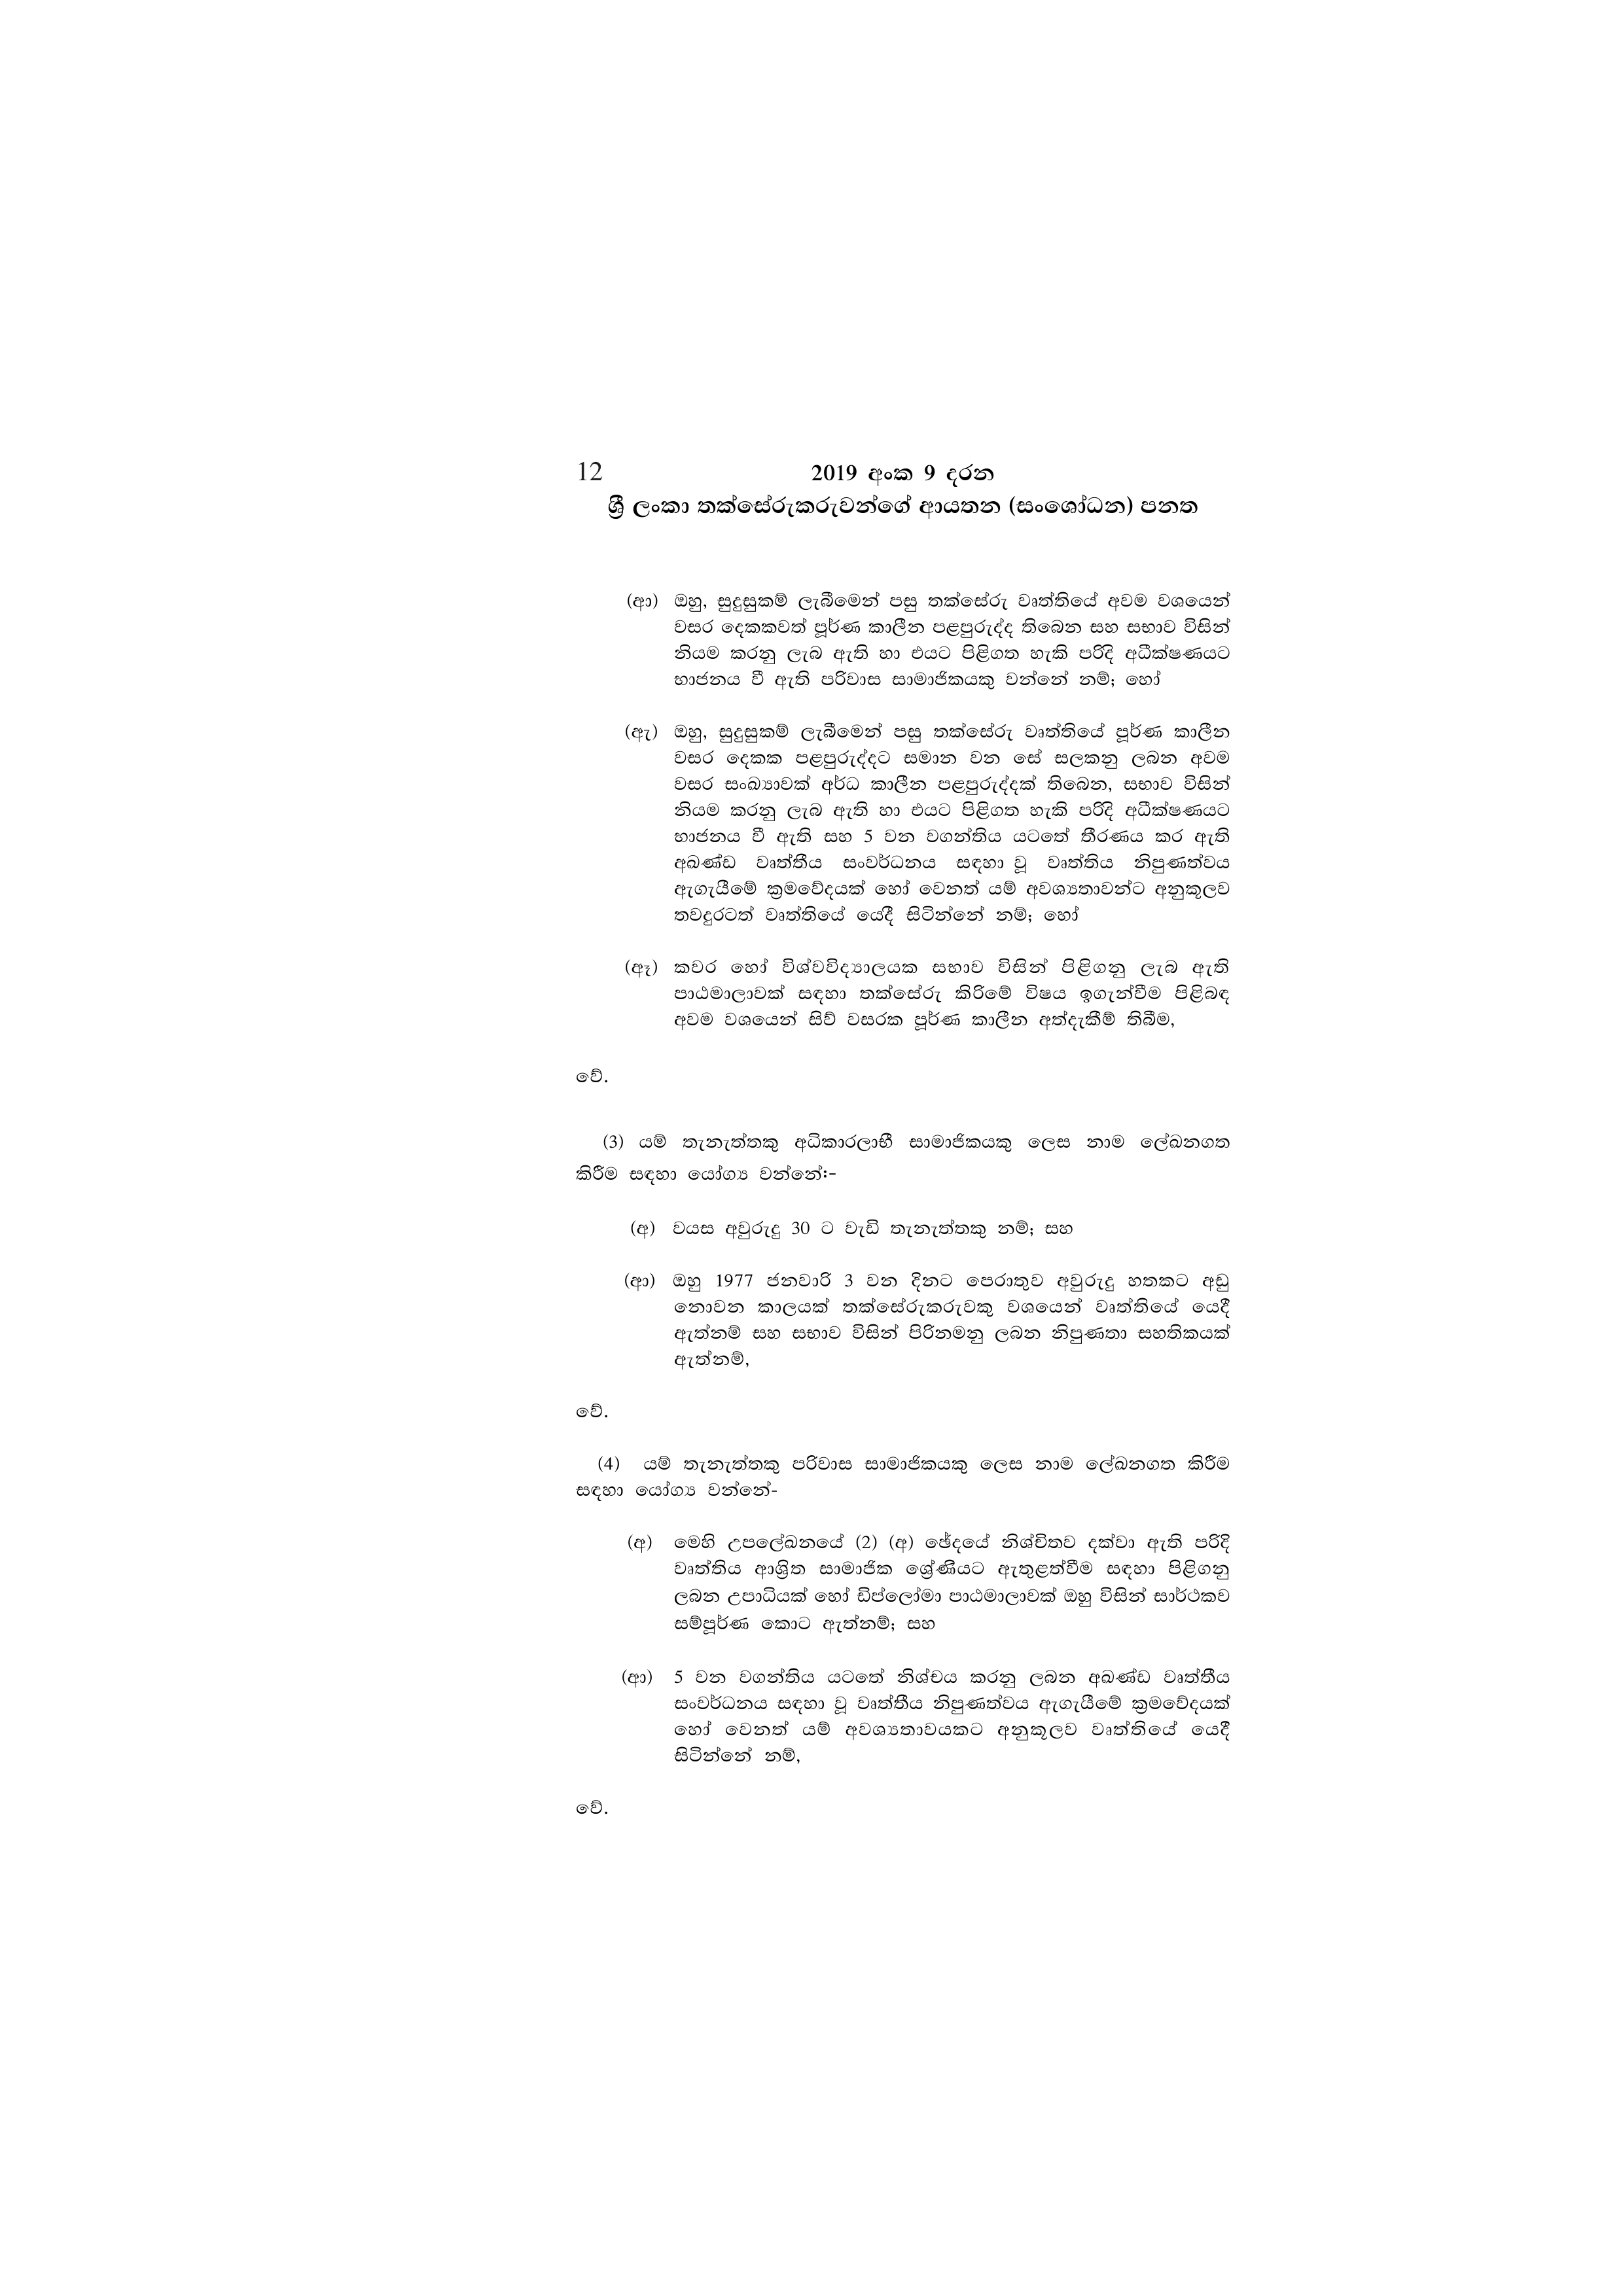
12 2019 අංක 9 දරන

ශ්‍රී ලංකා තක්සේරුකරුවන්ගේ ආයතන (සංශෝධන) පනත

(ආ) ඔහු, සුදුසුකම් ලැබීමෙන් පසු තක්සේරු වෘත්තියේ අවම වශයෙන්
වසර දෙකකවත් පූර්ණ කාලීන පළපුරුද්ද තිබෙන සහ සභාව විසින්
නියම කරනු ලැබ ඇති හා එයට පිළිගත හැකි පරිදි අධීක්ෂණයට
භාජනය වී ඇති පරිවාස සාමාජිකයකු වන්නේ නම්; හෝ

(ඇ) ඔහු, සුදුසුකම් ලැබීමෙන් පසු තක්සේරු වෘත්තියේ පූර්ණ කාලීන
වසර දෙකක පළපුරුද්දට සමාන වන සේ සලකනු ලබන අවම
වසර සංඛ්‍යාවක් අර්ධ කාලීන පළපුරුද්දක් තිබෙන, සභාව විසින්
නියම කරනු ලැබ ඇති හා එයට පිළිගත හැකි පරිදි අධීක්ෂණයට
භාජනය වී ඇති සහ 5 වන වගන්තිය යටතේ තීරණය කර ඇති
අඛණ්ඩ වෘත්තීය සංවර්ධනය සඳහා වූ වෘත්තිය නිපුණත්වය
ඇගැයීමේ ක්‍රමවේදයක් හෝ වෙනත් යම් අවශ්‍යතාවන්ට අනුකූලව
තවදුරටත් වෘත්තියේ යෙදී සිටින්නේ නම්; හෝ

(ඈ) කවර හෝ විශ්වවිද්‍යාලයක සභාව විසින් පිළිගනු ලැබ ඇති
පාඨමාලාවක් සඳහා තක්සේරු කිරිමේ විෂය ඉගැන්වීම පිළිබඳ
අවම වශයෙන් සිව් වසරක පූර්ණ කාලීන අත්දැකීම් තිබීම,

වේ.

(3) යම් තැනැත්තකු අධිකාරලාභී සාමාජිකයකු ලෙස නාම ලේඛනගත
කිරීම සඳහා යෝග්‍ය වන්නේ:-

(අ) වයස අවුරුදු 30 ට වැඩි තැනැත්තකු නම්; සහ

(ආ) ඔහු 1977 ජනවාරි 3 වන දිනට පෙරාතුව අවුරුදු හතකට අඩු
නොවන කාලයක් තක්සේරුකරුවකු වශයෙන් වෘත්තියේ යෙදී
ඇත්නම් සහ සභාව විසින් පිරිනමනු ලබන නිපුණතා සහතිකයක්
ඇත්නම්,

වේ.

(4) යම් තැනැත්තකු පරිවාස සාමාජිකයකු ලෙස නාම ලේඛනගත කිරීම
සඳහා යෝග්‍ය වන්නේ-

(අ) මෙහි උපලේඛනයේ (2) (අ) ඡේදයේ නිශ්චිතව දක්වා ඇති පරිදි
වෘත්තිය ආශ්‍රිත සාමාජික ශ්‍රේණියට ඇතුළත්වීම සඳහා පිළිගනු
ලබන උපාධියක් හෝ ඩිප්ලෝමා පාඨමාලාවක් ඔහු විසින් සාර්ථකව
සම්පූර්ණ කොට ඇත්නම්; සහ

(ආ) 5 වන වගන්තිය යටතේ නිශ්චය කරනු ලබන අඛණ්ඩ වෘත්තීය
සංවර්ධනය සඳහා වූ වෘත්තීය නිපුණත්වය ඇගැයීමේ ක්‍රමවේදයක්
හෝ වෙනත් යම් අවශ්‍යතාවයකට අනුකූලව වෘත්තියේ යෙදී
සිටින්නේ නම්,

වේ.